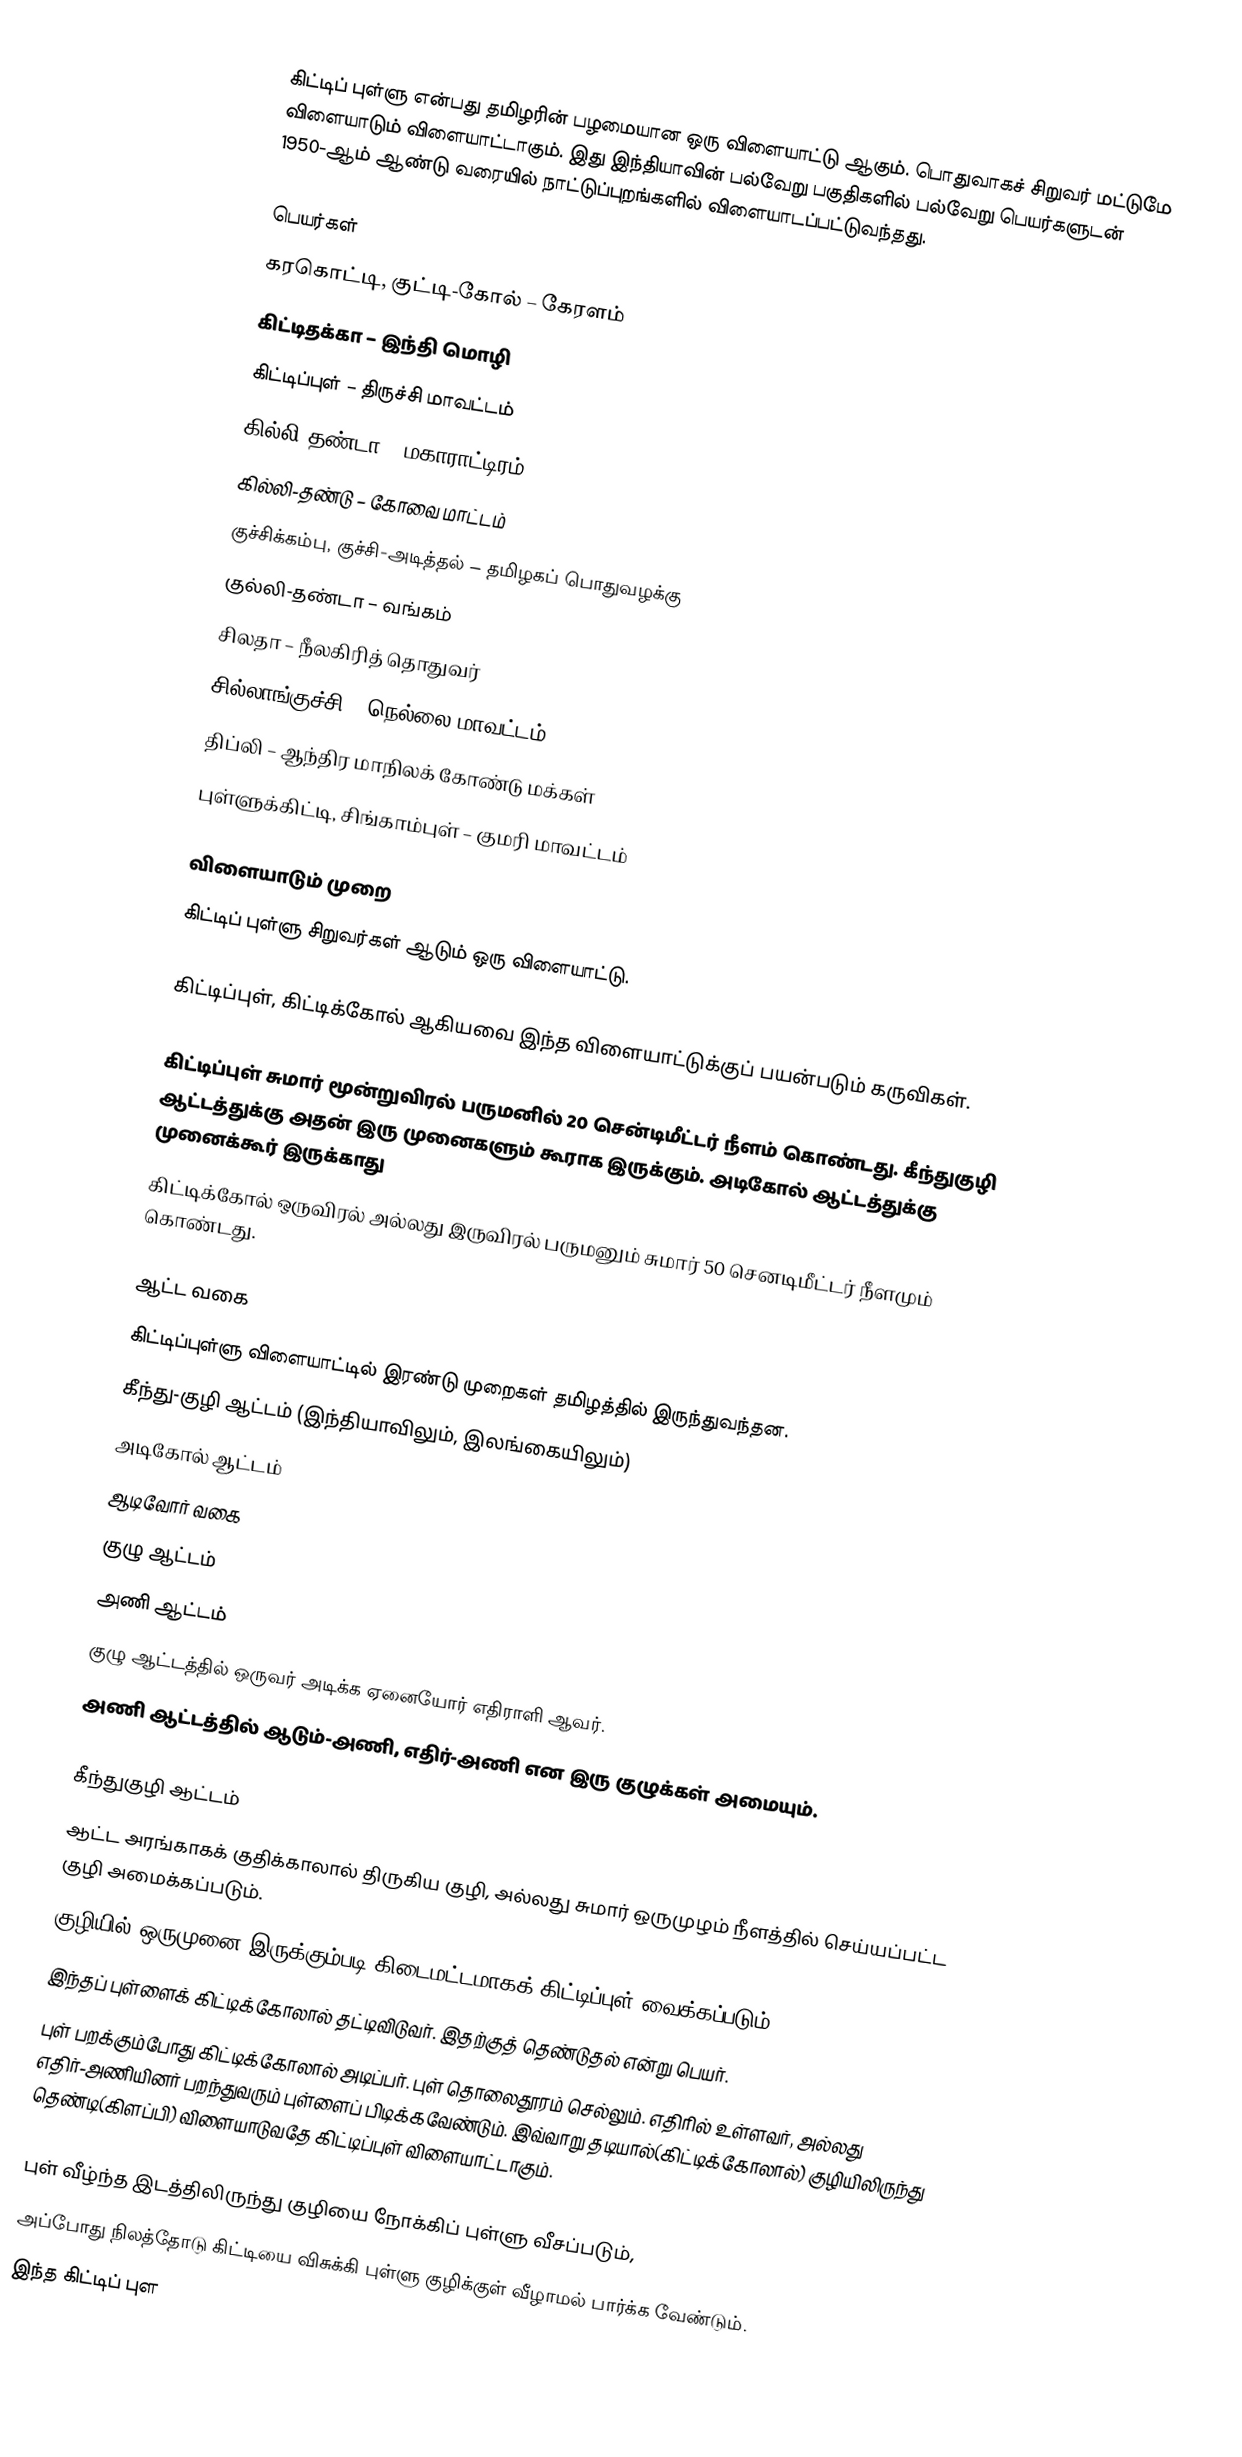
கிட்டிப் புள்ளு என்பது தமிழரின் பழமையான ஒரு விளையாட்டு ஆகும். பொதுவாகச் சிறுவர் மட்டுமே விளையாடும் விளையாட்டாகும். இது இந்தியாவின் பல்வேறு பகுதிகளில் பல்வேறு பெயர்களுடன் 1950-ஆம் ஆண்டு வரையில் நாட்டுப்புறங்களில் விளையாடப்பட்டுவந்தது.

பெயர்கள்
கரகொட்டி, குட்டி-கோல் – கேரளம்
கிட்டிதக்கா – இந்தி மொழி
கிட்டிப்புள் – திருச்சி மாவட்டம்
கில்லி-தண்டா – மகாராட்டிரம்
கில்லி-தண்டு – கோவை மாட்டம்
குச்சிக்கம்பு, குச்சி-அடித்தல் – தமிழகப் பொதுவழக்கு
குல்லி-தண்டா – வங்கம்
சிலதா – நீலகிரித் தொதுவர்
சில்லாங்குச்சி – நெல்லை மாவட்டம்
திப்லி – ஆந்திர மாநிலக் கோண்டு மக்கள்
புள்ளுக்கிட்டி, சிங்காம்புள் – குமரி மாவட்டம்

விளையாடும் முறை
கிட்டிப் புள்ளு சிறுவர்கள் ஆடும் ஒரு விளையாட்டு.

கிட்டிப்புள், கிட்டிக்கோல் ஆகியவை இந்த விளையாட்டுக்குப் பயன்படும் கருவிகள்.

கிட்டிப்புள் சுமார் மூன்றுவிரல் பருமனில் 20 சென்டிமீட்டர் நீளம் கொண்டது. கீந்துகுழி ஆட்டத்துக்கு அதன் இரு முனைகளும் கூராக இருக்கும். அடிகோல் ஆட்டத்துக்கு முனைக்கூர் இருக்காது
கிட்டிக்கோல் ஒருவிரல் அல்லது இருவிரல் பருமனும் சுமார் 50 செனடிமீட்டர் நீளமும் கொண்டது.

ஆட்ட வகை
கிட்டிப்புள்ளு விளையாட்டில் இரண்டு முறைகள் தமிழத்தில் இருந்துவந்தன.
 கீந்து-குழி ஆட்டம் (இந்தியாவிலும், இலங்கையிலும்)
 அடிகோல் ஆட்டம்
ஆடிவோர் வகை
குழு ஆட்டம்
அணி ஆட்டம்
குழு ஆட்டத்தில் ஒருவர் அடிக்க ஏனையோர் எதிராளி ஆவர்.
அணி ஆட்டத்தில் ஆடும்-அணி, எதிர்-அணி என இரு குழுக்கள் அமையும்.

கீந்துகுழி ஆட்டம்
ஆட்ட அரங்காகக் குதிக்காலால் திருகிய குழி, அல்லது சுமார் ஒருமுழம் நீளத்தில் செய்யப்பட்ட குழி அமைக்கப்படும்.
குழியில் ஒருமுனை இருக்கும்படி கிடைமட்டமாகக் கிட்டிப்புள் வைக்கப்படும்.
இந்தப் புள்ளைக் கிட்டிக்கோலால் தட்டிவிடுவர். இதற்குத் தெண்டுதல் என்று பெயர்.
புள் பறக்கும்போது கிட்டிக்கோலால் அடிப்பர். புள் தொலைதூரம் செல்லும். எதிரில் உள்ளவர், அல்லது எதிர்-அணியினர் பறந்துவரும் புள்ளைப் பிடிக்கவேண்டும். இவ்வாறு தடியால்(கிட்டிக்கோலால்) குழியிலிருந்து தெண்டி(கிளப்பி) விளையாடுவதே கிட்டிப்புள் விளையாட்டாகும்.   

புள் வீழ்ந்த இடத்திலிருந்து குழியை நோக்கிப் புள்ளு வீசப்படும்,
அப்போது நிலத்தோடு கிட்டியை விசுக்கி புள்ளு குழிக்குள் வீழாமல் பார்க்க வேண்டும். 
இந்த கிட்டிப் புள